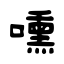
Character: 嚑